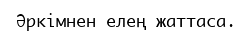
Әркімнен елең жаттаса.